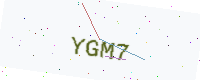
Text: YGM7